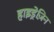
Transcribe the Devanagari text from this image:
हाइड्रेज़िन